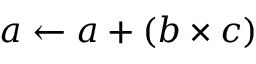
\ a \leftarrow a + ( b \times c )